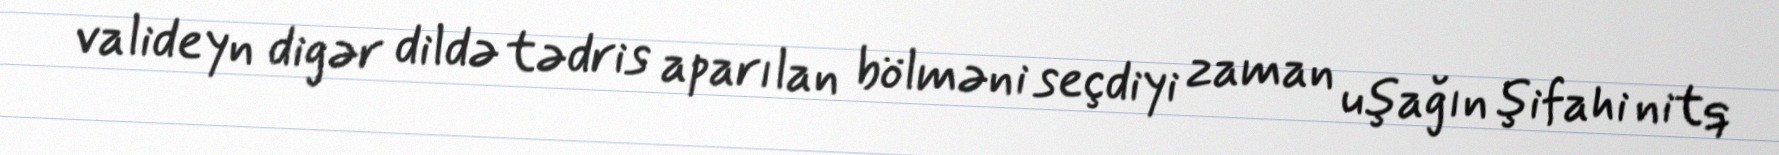
valideyn digər dildə tədris aparılan bölməni seçdiyi zaman uşağın şifahi nitq